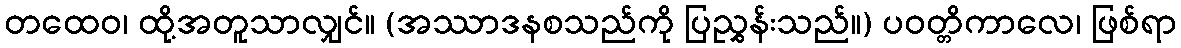
တထေဝ၊ ထို့အတူသာလျှင်။ (အဿာဒနစသည်ကို ပြညွှန်းသည်။) ပဝတ္တိကာလေ၊ ဖြစ်ရာ